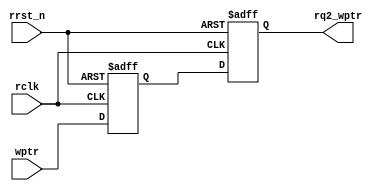

module sync_w2r #(parameter ADDRSIZE = 4)
(output reg [ADDRSIZE:0] rq2_wptr,
input [ADDRSIZE:0] wptr,
input rclk, rrst_n);
reg [ADDRSIZE:0] rq1_wptr;
always @(posedge rclk or negedge rrst_n)
if (!rrst_n) {rq2_wptr,rq1_wptr} <= 10'b0000000000;
else {rq2_wptr,rq1_wptr} <= {rq1_wptr,wptr};
endmodule